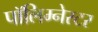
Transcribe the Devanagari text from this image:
पॉलिम्नेस्टर